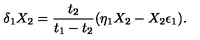
\delta _ { 1 } X _ { 2 } = { \frac { t _ { 2 } } { t _ { 1 } - t _ { 2 } } } ( \eta _ { 1 } X _ { 2 } - X _ { 2 } \epsilon _ { 1 } ) .